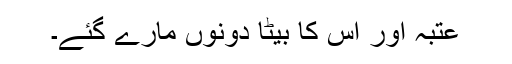
عتبہ اور اس کا بیٹا دونوں مارے گئے۔